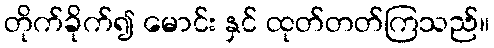
တိုက်ခိုက်၍ မောင်း နှင် ထုတ်တတ်ကြသည်။